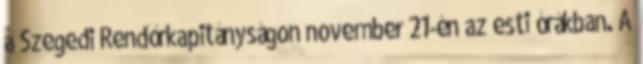
a Szegedi Rendőrkapitányságon november 21-én az esti órákban. A